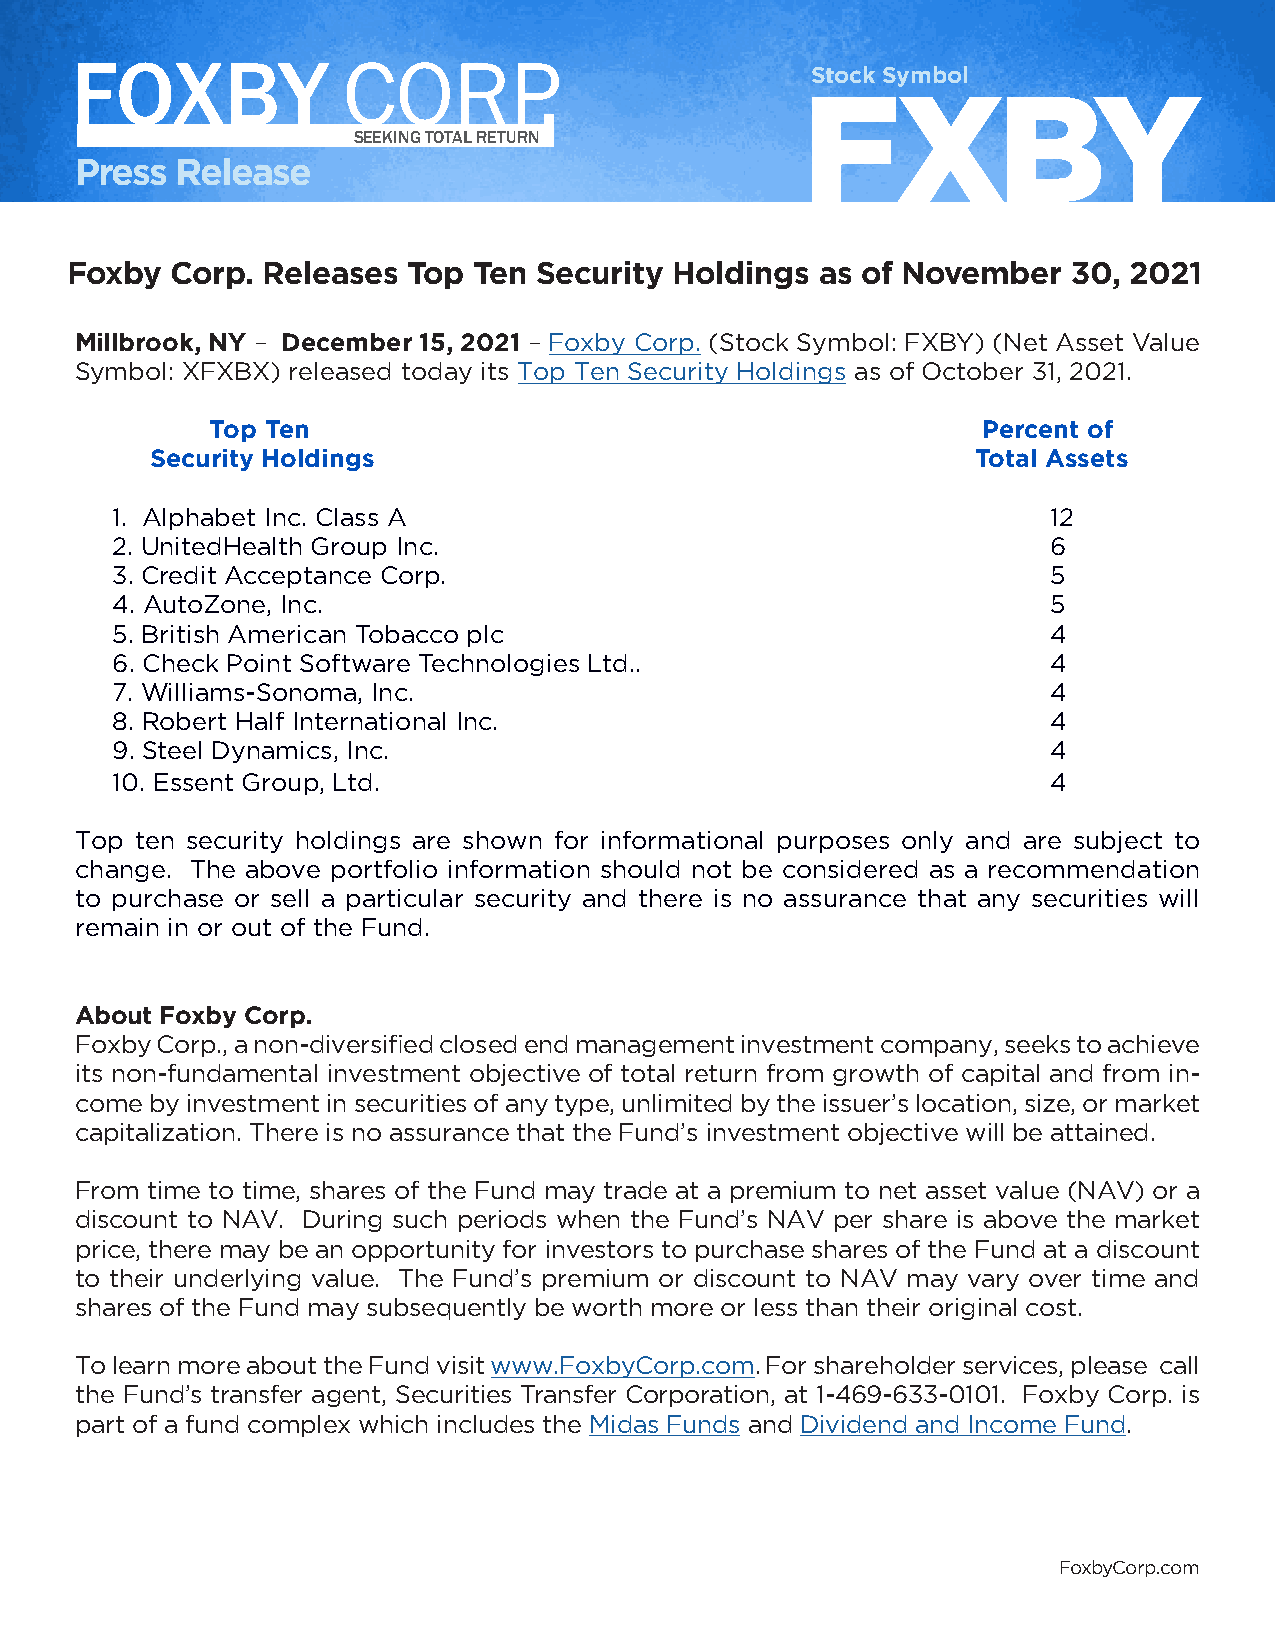
FOXBY             CORP.                          Stock Symbol
 FXBY
 SEEKING TOTAL RETURN
 Press  Release
 Foxby  Corp. Releases  Top Ten  Security Holdings as of November   30, 2021
 Millbrook, NY – December 15, 2021 – Foxby Corp. (Stock Symbol: FXBY) (Net Asset Value
 Symbol: XFXBX) released today its Top Ten Security Holdings as of October 31, 2021.
 Top Ten                                            Percent of
 Security Holdings                                      Total Assets
 1. Alphabet Inc. Class A                                       12
 2. UnitedHealth Group Inc.                                     6
 3. Credit Acceptance Corp.                                     5
 4. AutoZone, Inc.                                              5
 5. British American Tobacco plc                                4
 6. Check Point Software Technologies Ltd..                     4
 7. Williams-Sonoma, Inc.                                       4
 8. Robert Half International Inc.                              4
 9. Steel Dynamics, Inc.                                        4
 10. Essent Group, Ltd.                                         4
 Top ten security holdings are shown for informational purposes only and are subject to
 change. The above portfolio information should not be considered as a recommendation
 to purchase or sell a particular security and there is no assurance that any securities will
 remain in or out of the Fund.
 About Foxby Corp.
 Foxby Corp., a non-diversified closed end management investment company, seeks to achieve
 its non-fundamental investment objective of total return from growth of capital and from in-
 come by investment in securities of any type, unlimited by the issuer’s location, size, or market
 capitalization. There is no assurance that the Fund’s investment objective will be attained.
 From time to time, shares of the Fund may trade at a premium to net asset value (NAV) or a
 discount to NAV. During such periods when the Fund’s NAV per share is above the market
 price, there may be an opportunity for investors to purchase shares of the Fund at a discount
 to their underlying value. The Fund’s premium or discount to NAV may vary over time and
 shares of the Fund may subsequently be worth more or less than their original cost.
 To learn more about the Fund visit www.FoxbyCorp.com. For shareholder services, please call
 the Fund’s transfer agent, Securities Transfer Corporation, at 1-469-633-0101. Foxby Corp. is
 part of a fund complex which includes the Midas Funds and Dividend and Income Fund.
 FoxbyCorp.com